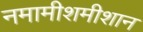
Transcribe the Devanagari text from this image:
नमामीशमीशान